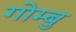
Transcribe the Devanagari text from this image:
गोम्बु